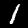
Label: 1